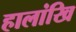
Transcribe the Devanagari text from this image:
हालांखि